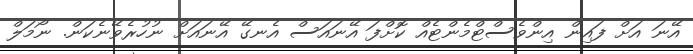
އޭނަ އަށް ފައިން އިންވެސްޓްމެންޓެއް ކޮށްފަ އޭނައަސް އެނގޭ އޭނައަށް ނުހުރެވޭނެކަން. ނޯމަލް